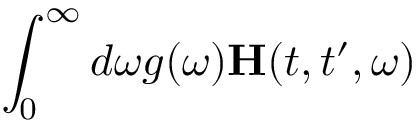
\int _ { 0 } ^ { \infty } d \omega g ( \omega ) \mathbf { { H } } ( t , t ^ { \prime } , \omega )